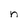
Character: n